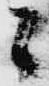
ニ